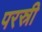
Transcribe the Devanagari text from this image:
परस्री